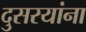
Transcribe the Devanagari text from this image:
दुसरयांना